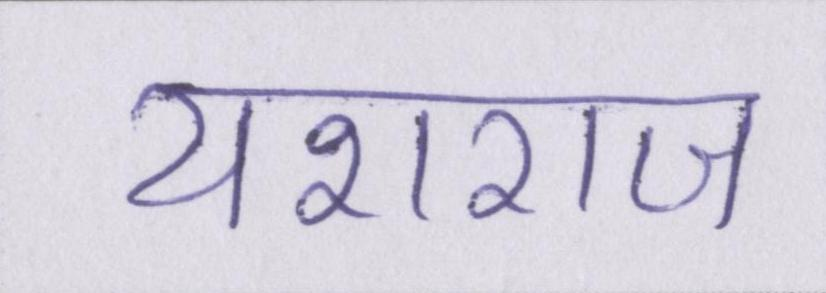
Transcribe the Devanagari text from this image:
यशराज